Vital statistics of India. Vol. V, Reports of 1876 on armies & jails and on epidemic cholera
Year: 1876
Disease focus: Cholera
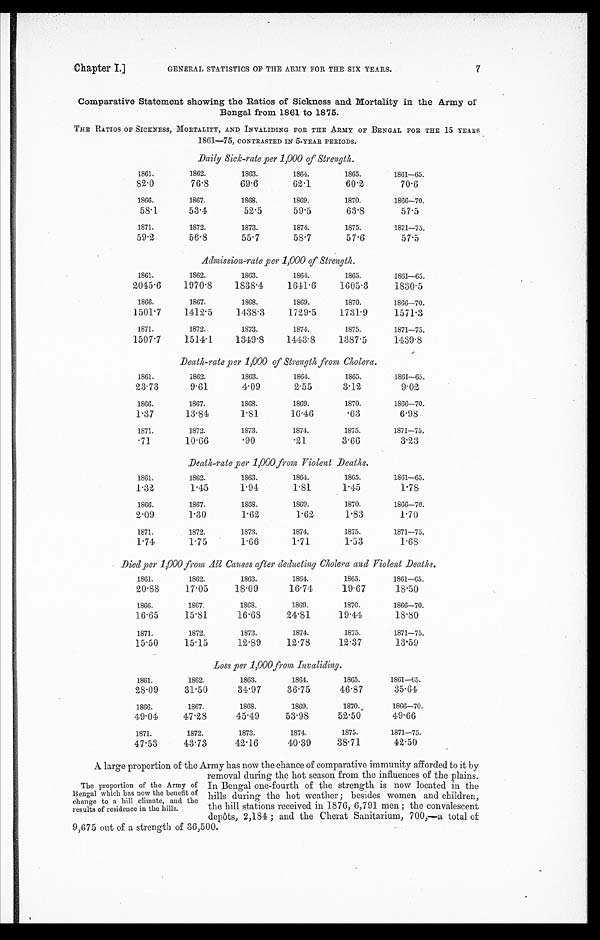
Chapter I.]
GENERAL STATISTICS OF THE ARMY FOR THE SIX YEARS.
7
Comparative Statement showing the Ratios of Sickness and Mortality in the Army of
B e n g a l f r o m 1 8 6 1 t o 1 8 7 5 .
THE RATIOS OF SICKNESS, MORTALITY, AND INVALIDING FOR THE ARMY OF BENGAL FOR THE 15 YEARS
1861-75, CONTRASTED IN 5-YEAR PERIODS.
Daily Sick-rate per 1,000 of Strength.
1861.
1862.
1863.
1864.
1865.
1861—65.
82.0
76.8
69.6
62.1
60.2
70.6
1866.
1867.
1868.
1869.
1870.
1866—70.
58.1
53.4
52.5
59.5
63.8
57.5
1871.
1872.
1873.
1874.
1875.
1871—75.
59.2
56.8
55.7
58.7
57.6
57.5
Admission-rate per 1,000 of Strength.
1861.
1862.
1863.
1864.
1865.
1861—65.
2045.6
1970.8
1838.4
1641.6
1605.3
1830.5
1866.
1867.
1868.
1869.
1870.
1866—70.
1501.7
1412.5
1438.3
1729.5
1731.9
1571.3
1871.
1872.
1873.
1874.
1875.
1871—75.
1507.7
1514.1
1349.8
1443.8
1387.5
1439.8
Death-rate per 1,000 of Strength from Cholera.
1861.
1862.
1863.
1864.
1865.
1861—65.
23.73
9.61
4.09
2.55
3.12
9.02
1866.
1867.
1868.
1869.
1870.
1866—70.
1.37
13.84
1.81
16.46
.63
6.98
1871.
1872.
1873.
1874.
1875.
1871—75.
. 7 1
10.66
. 9 0
.21
3.66
3.23
Death-rate per 1,000 from Violent Deaths.
1861.
1862.
1863.
1864.
1865.
1861—65.
1.32
1.45
1.94
1.81
1.45
1.78
1866.
1867.
1868.
1869.
1870.
1866—70.
2.09
1.30
1.62
1.62
1.83
1.70
1871.
1872.
1873.
1874.
1875.
1871—75.
1.74
1.75
1.66
1.71
1.53
1.68
Died per 1,000 from All Causes after deducting Cholera and Violent Deaths
1861.
1862.
1863.
1864.
1865.
1861—65.
20.88
17.05
18.09
16.74
19.67
18.50
1866.
1867.
1868.
1869.
1870.
1866—70.
16.65
15.81
16.68
24.81
19.44
18.80
1871.
1872.
1873.
1874.
1875.
1871—75.
15.50
15.15
12.89
12.78
12.37
13.59
Loss per 1,000 from Invaliding.
1861.
1862.
1863.
1864.
1865.
1861—65.
28.09
31.50
34.97
36.75
46.87
35.64
1866.
1867.
1868.
1869.
1870.
1866—70.
49.04
47.28
45.49
53.98
52.50
49.66
1871.
1872.
1873.
1874.
1875.
1871—75.
47.53
43.73
42.16
40.39
38.71
42.50
A large proportion of the Army has now the chance of comparative immunity afforded to it by
removal during the hot season from the influences of the plains.
In Bengal one-fourth of the strength is now located in the
hills during the hot weather; besides women and children,
the hill stations received in 1876, 6,791 men; the convalescent
depôts, 2,184; and the Cherat Sanitarium, 700,—a total of
9,675 out of a strength of 36,500.
The proportion of the Army of
Bengal which has now the benefit of
change to a hill climate, and the
results of residence in the hills.